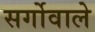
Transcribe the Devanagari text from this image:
सर्गोवाले